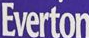
Everton